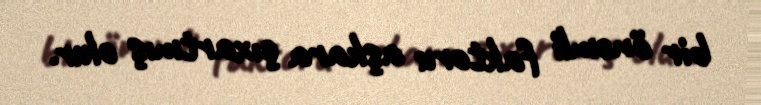
bir önəmli faktoru aşkara çıxartmış olur.